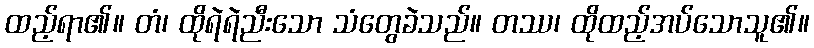
ထည့်ရာ၏။ တံ၊ ထိုရဲရဲညီးသော သံတွေခဲသည်။ တဿ၊ ထိုထည့်အပ်သောသူ၏။